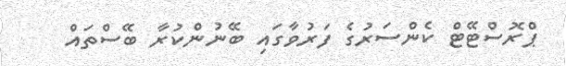
ޕްރޮސްޓޭޓް ކެންސަރުގެ ފަރުވާގައި ބޭނުންކުރާ ބޭސްތައް